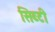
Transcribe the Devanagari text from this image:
सिब्‍टी